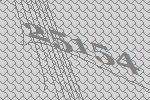
25154